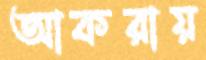
আকরায়